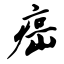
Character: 癌